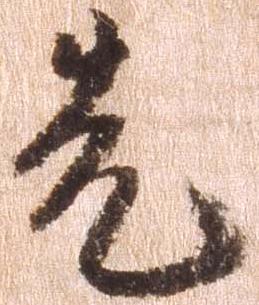
先